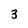
Character: 3